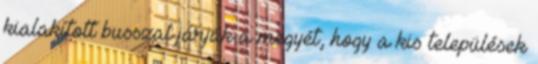
kialakított busszal járják a megyét, hogy a kis települések